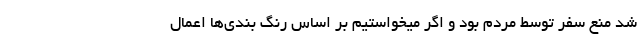
شد منع سفر توسط مردم بود و اگر میخواستیم بر اساس رنگ بندی‌ها اعمال